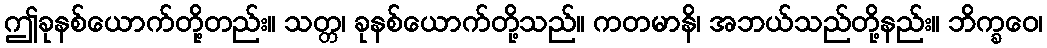
ဤခုနစ်ယောက်တို့တည်း။ သတ္တ၊ ခုနစ်ယောက်တို့သည်။ ကတမာနိ၊ အဘယ်သည်တို့နည်း။ ဘိက္ခဝေ၊